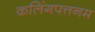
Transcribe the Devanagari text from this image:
कलिंगपत्तनम